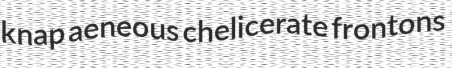
knap aeneous chelicerate frontons